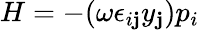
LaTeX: H=-(\omega\epsilon_{i\mathbf{j}}y_{\mathbf{j}})p_{i}